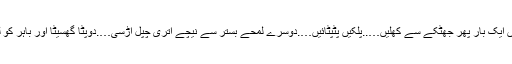
آنکھیں ایک بار پھر جھٹکے سے کھلیں…..پلکیں پٹپٹائیں….دوسرے لمحے بستر سے نیچے اتری چپل اڑسی….دوپٹا گھسیٹا اور باہر کو لپکی۔